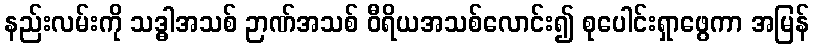
နည်းလမ်းကို သဒ္ဓါအသစ် ဉာဏ်အသစ် ဝီရိယအသစ်လောင်း၍ စုပေါင်းရှာဖွေကာ အမြန်